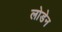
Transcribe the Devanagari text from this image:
लोडेन